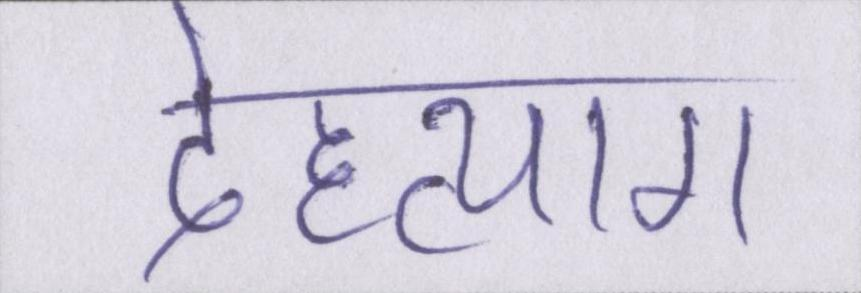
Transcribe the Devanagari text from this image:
देहत्याग